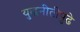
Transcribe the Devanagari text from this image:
युद्धनीतीपुढे